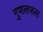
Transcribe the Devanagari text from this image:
गुणलफल